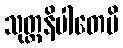
သုတ္တနိပါတေပိ